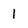
Character: I